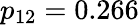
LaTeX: p_{12}=0.266